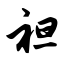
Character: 袒